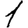
Digit: 1